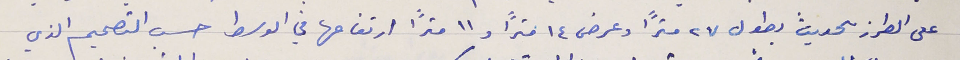
على الطرز الحديث بطول ٢٧ مترًا وعرض ١٤ مترًا و١١ مترًا ارتفاعها في الوسط حسب التصميم الذي